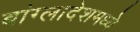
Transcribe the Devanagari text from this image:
बांग्लादेशमध्ये